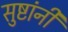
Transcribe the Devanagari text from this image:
सुष्टांनी